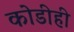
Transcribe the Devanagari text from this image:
कोडीही